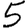
Digit: 5